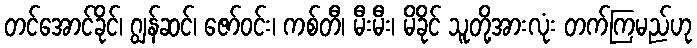
တင်အောင်ခိုင်၊ ဂျွန်ဆင်၊ ဇော်ဝင်း၊ ကစ်တီ၊ မီးမီး၊ မိခိုင် သူတို့အားလုံး တက်ကြမည်ဟု